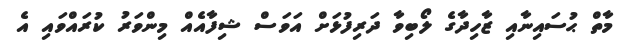
މާތް ޙުސައިނާއި ޒާހިދާގެ ލޯބިވާ ދަރިފުޅަށް އަވަސް ޝިފާއެއް މިންވަރު ކުރައްވައި އެ